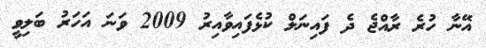
އޭނާ ހުރެ ރާއްޖެ ދެ ފައިނަލް ކުޅެފައިވާއިރު 2009 ވަނަ އަހަރު ބަލިވީ